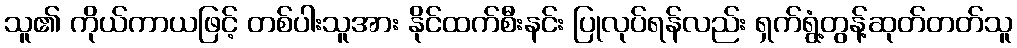
သူ၏ ကိုယ်ကာယဖြင့် တစ်ပါးသူအား နိုင်ထက်စီးနင်း ပြုလုပ်ရန်လည်း ရှက်ရွံ့တွန့်ဆုတ်တတ်သူ